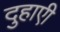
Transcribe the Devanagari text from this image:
दुहाएी